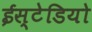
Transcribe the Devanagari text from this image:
ईस्टेडियो